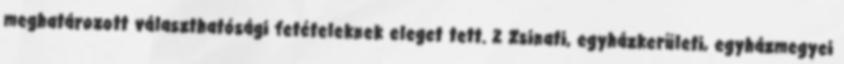
meghatározott választhatósági fetételeknek eleget tett. 2 Zsinati, egyházkerületi, egyházmegyei